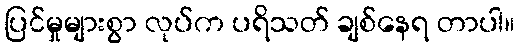
ပြင်မှုများစွာ လုပ်က ပရိသတ် ချစ်နေရ တာပါ။